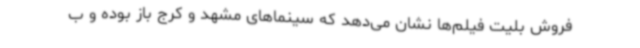
فروش بلیت فیلم‌ها نشان می‌دهد که سینماهای مشهد و کرج باز بوده و ب